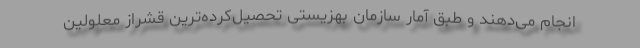
انجام می‌دهند و طبق آمار سازمان بهزیستی تحصیل‌کرده‌ترین قشراز معلولین